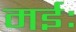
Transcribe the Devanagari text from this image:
मईः